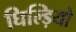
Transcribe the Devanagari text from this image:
घिल्ड़ियो